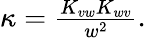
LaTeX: \begin{array}{r}{\kappa=\frac{K_{vw}K_{wv}}{w^{2}}.}\end{array}